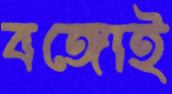
বঙ্গোই